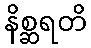
နိစ္ဆရတိ